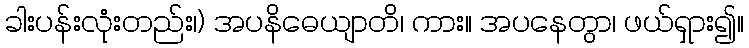
ခါးပန်းလုံးတည်း၊) အပနိဓေယျာတိ၊ ကား။ အပနေတွာ၊ ဖယ်ရှား၍။